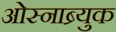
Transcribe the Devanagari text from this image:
ओस्नाब्र्युक